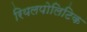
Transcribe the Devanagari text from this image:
रियलपोलिटिक